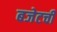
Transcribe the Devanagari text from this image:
बजेटची